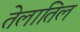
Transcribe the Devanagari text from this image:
तेलातिल